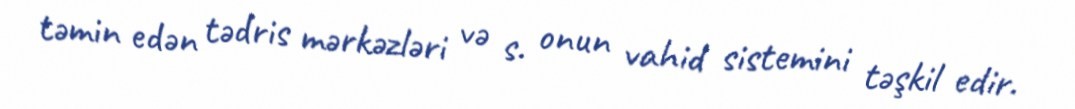
təmin edən tədris mərkəzləri və s. onun vahid sistemini təşkil edir.